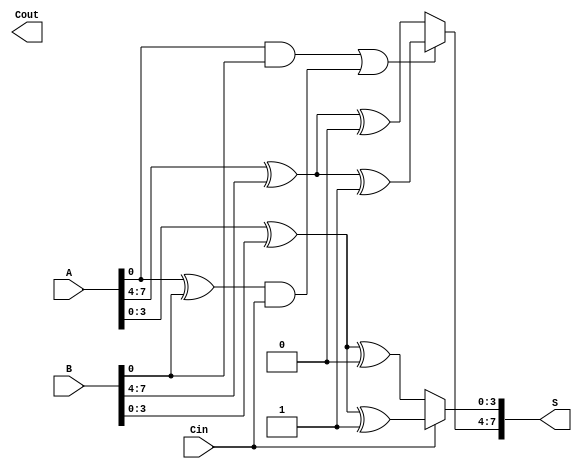
module CarrySelectAdder #(parameter N = 8, // Number of bits
                           parameter M = 4) // Segment size
(
    input  [N-1:0] A, B,   // Input operands
    input          Cin,     // Carry-in
    output [N-1:0] S,      // Sum output
    output         Cout     // Carry-out
);

// Internal signals
wire [N/M-1:0] carry_in; // Carry-in for each segment
wire [N-1:0] S0, S1;      // Sum outputs for carry-in 0 and 1
wire [N/M-1:0] G, P;      // Generate and Propagate signals
wire [N/M:0] C;           // Carry signals for segments

// Generate and propagate signals for each segment
generate
    genvar i, j;
    for (i = 0; i < N/M; i = i + 1) begin : seg
        // Compute Generating and Propagating
        assign G[i] = A[(i+1)*M-1:(i*M)] & B[(i+1)*M-1:(i*M)];
        assign P[i] = A[(i+1)*M-1:(i*M)] ^ B[(i+1)*M-1:(i*M)];
    end
endgenerate

// Carry Lookahead Logic
assign C[0] = Cin; // Initial carry-in
generate
    for (j = 0; j < N/M-1; j = j + 1) begin : carry_gen
        assign C[j+1] = G[j] | (P[j] & C[j]);
    end
endgenerate

// Sum calculations for each segment
generate
    for (i = 0; i < N/M; i = i + 1) begin : sum_calc
        // Segment sum when carry-in is 0
        assign S0[i*M +: M] = A[i*M +: M] ^ B[i*M +: M] ^ 0;

        // Segment sum when carry-in is 1
        assign S1[i*M +: M] = A[i*M +: M] ^ B[i*M +: M] ^ 1;

        // Select the appropriate sum based on carry-in from previous segment
        assign S[i*M +: M] = (C[i] ? S1[i*M +: M] : S0[i*M +: M]);
    end
endgenerate

// Determine final carry-out
assign Cout = C[N/M];

endmodule